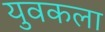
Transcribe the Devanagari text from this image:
युवकला